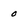
Character: 0